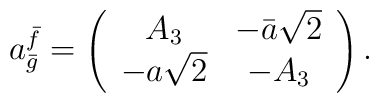
a^{\bar f}_ {\bar g}=\left(\begin{array}{cc} A_3&-\bar a \sqrt{2}\\ - a\sqrt{2}&-A_3\end{array}\right).